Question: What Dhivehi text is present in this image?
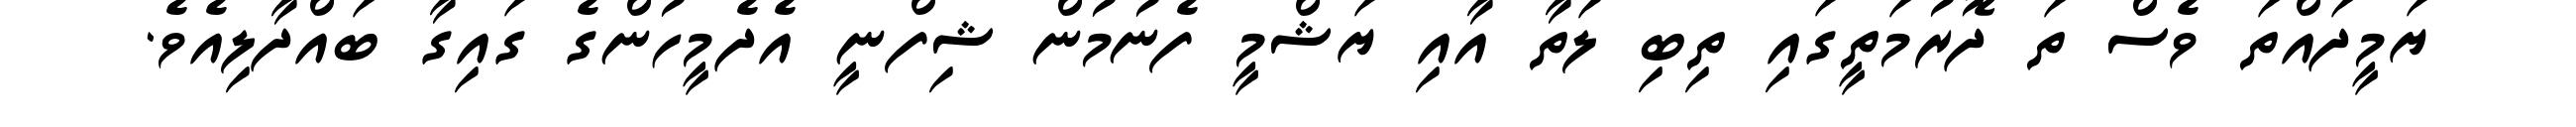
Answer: ޔަމީދައްތަ ވެސް ތަ ދޮރުމަތީގައި ތިބި ލަތާ އާއި ޔަޝްމީ ފެނުމުން ޝިފްނީ އެދެމީހުންގެ ގައިގާ ބައްދާލިއެވެ.